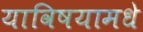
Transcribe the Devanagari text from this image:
याविषयामधे